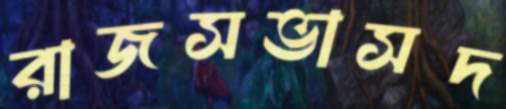
রাজসভাসদ